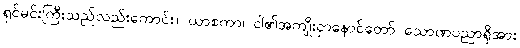
ရှင်မင်းကြီးသည်လည်းကောင်း။ ယာစကာ၊ ငါ၏အကျိုးငှာနောင်တော် သောဏပညာရှိအား